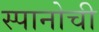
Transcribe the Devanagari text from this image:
स्पानोची